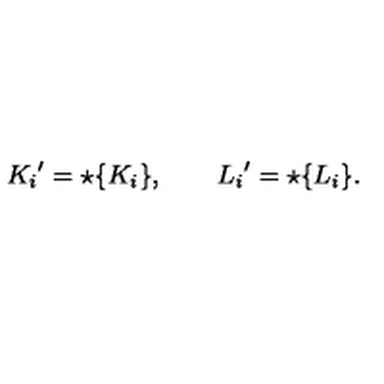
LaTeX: { K _ { i } } ^ { \prime } = \star \{ K _ { i } \} , \qquad { L _ { i } } ^ { \prime } = \star \{ L _ { i } \} .